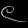
Digit: ၉